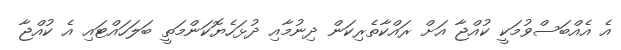
އެ އެއްބަސްވުމަކީ ކުއްޖާ އަށް ރައްކާތެރިކަން ދިނުމާއި ދުޅަހެޔޮކަންމަތީ ބަލަހައްޓައި އެ ކުއްޖާ